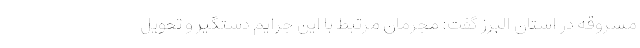
مسروقه در استان البرز گفت: مجرمان مرتبط با این جرایم دستگیر و تحویل